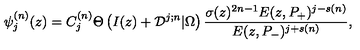
\psi _ { j } ^ { ( n ) } ( z ) = C _ { j } ^ { ( n ) } \Theta \left( I ( z ) + { \cal D } ^ { j ; n } | \Omega \right) { \frac { \sigma ( z ) ^ { 2 n - 1 } E ( z , P _ { + } ) ^ { j - s ( n ) } } { E ( z , P _ { - } ) ^ { j + s ( n ) } } } ,